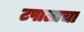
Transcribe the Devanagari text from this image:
टपालाचा